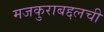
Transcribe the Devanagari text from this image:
मजकुराबद्दलची